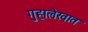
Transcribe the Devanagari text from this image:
गुहालेखात